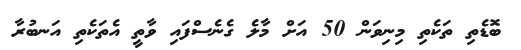
ބޮޑެތި ތަކެތި މިނިވަން 50 އަށް މާލެ ގެނެސްފައި ވާތީ އެތަކެތި އަނބުރާ